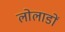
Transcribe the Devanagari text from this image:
लोलाडों